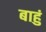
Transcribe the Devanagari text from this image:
बाहुं